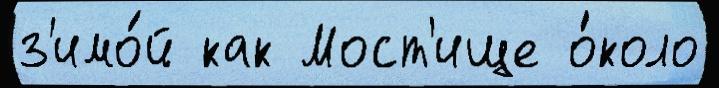
з'имо́й как Мост'ище о́коло